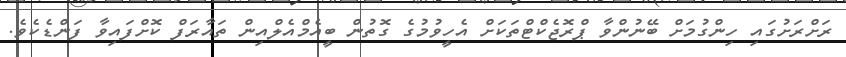
ރަށްރަށުގައި ހިންގުމަށް ބޭނުންވާ ޕްރޮޖެކްޓްތަކަށް އެހީވުމުގެ ގޮތުން ބީއެމްއެލްއިން ތައާރަފް ކޮށްފައިވާ ފަންޑެކެވެ.